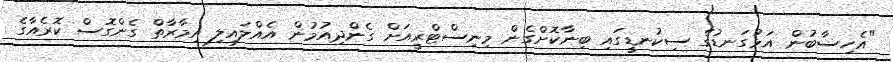
"އެހިސާބުން އަޅުގަނޑުގެ ސިކުނޑީގައި ބިނާކޮށްގެން މިނިސްޓްރީއަށް ގެންދިއުމުން އެއްލައިލި އިމާރާތް ގެންގޮސް ކޮރެއާގެ